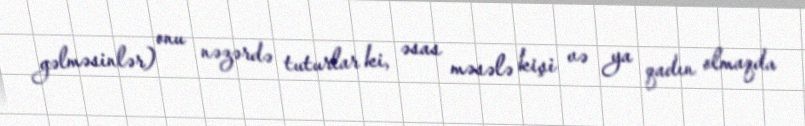
gəlməsinlər) onu nəzərdə tuturlar ki, əsas məsələ kişi və ya qadın olmaqda